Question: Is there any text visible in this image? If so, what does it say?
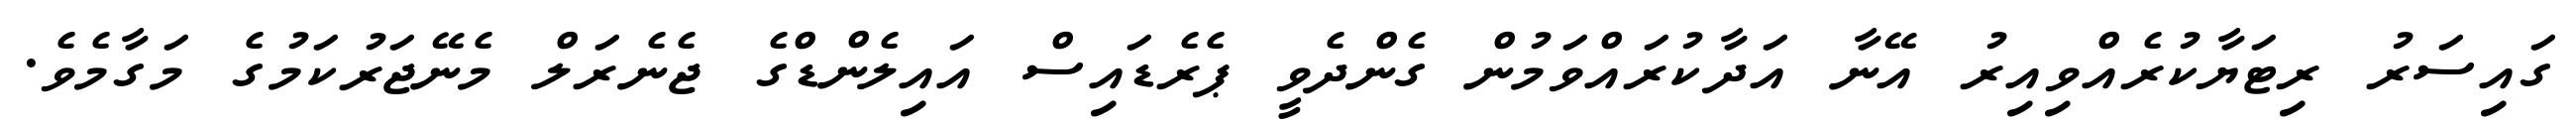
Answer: ގައިސަރު ރިޓަޔާކުރެއްވިއިރު އޭނާ އަދާކުރައްވަމުން ގެންދެވީ ޕެރެޑައިސް އައިލެންޑްގެ ޖެނެރަލް މެނޭޖަރުކަމުގެ މަގާމެވެ.